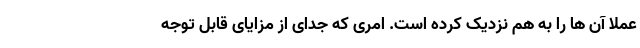
عملا آن ها را به هم نزدیک کرده است. امری که جدای از مزایای قابل توجه